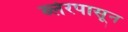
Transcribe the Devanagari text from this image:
ब्लेरपासून